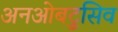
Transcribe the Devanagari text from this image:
अनओबट्रुसिव